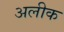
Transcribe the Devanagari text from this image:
अलीक